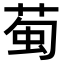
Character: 𫈖